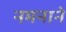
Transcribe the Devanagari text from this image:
नमनाने